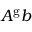
A ^ { \mathrm { g } } b